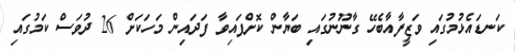
ކަނޑައެޅުމުގައި ވަޒީފާއާބެހޭ ގާނޫނުގައި ބަޔާން ކޮށްފައިވާ ފަދައިން މަހަކަށް 26 ދުވަސް ކަމުގައި